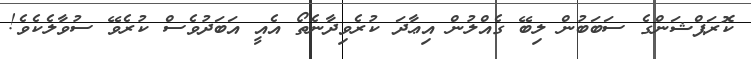
ކޮރަޕްޝަންގެ ސަބަބުން ލިބޭ ގެއްލުން އިޢާދަ ކުރެވިދާނެތޯ އެއީ އަބަދުވެސް ކުރެވޭ ސުވާލެކެވެ!